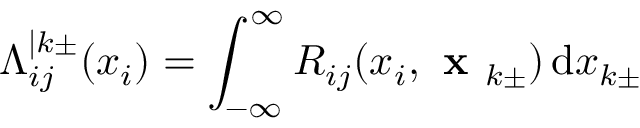
\Lambda _ { i j } ^ { \vert k \pm } ( x _ { i } ) = \int _ { - \infty } ^ { \infty } R _ { i j } ( x _ { i } , \textbf { x } _ { k \pm } ) \, \mathrm { d } x _ { k \pm }